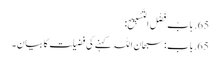
65. بَابُ فَضْلِ التَّسْبِیحِ:
65. باب: سبحان اللہ کہنے کی فضیلت کا بیان۔